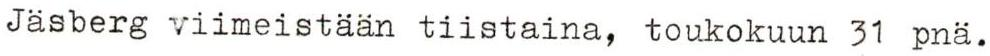
Jäsberg viimeistään tiistaina, toukokuun 31 pnä.